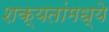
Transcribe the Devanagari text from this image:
शक्यतांमध्ये